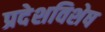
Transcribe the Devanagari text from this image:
प्रदेशविशेष